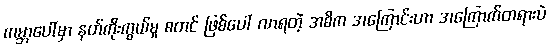
ကမ္ဘာပေါ်မှာ နတ်ကိုးကွယ်မှု စတင် ဖြစ်ပေါ် လာရတဲ့ အဓိက အကြောင်းဟာ အကြောက်တရားပဲ